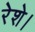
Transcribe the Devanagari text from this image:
रेशे।